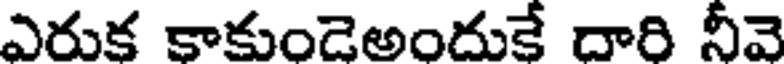
ఎరుక కాకుండెఅందుకే దారి నీవె